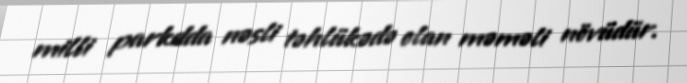
milli parkdda nəsli təhlükədə olan məməli növüdür.